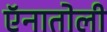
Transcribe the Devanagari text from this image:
ऍनातोली